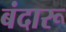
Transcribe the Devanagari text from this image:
बंदारू